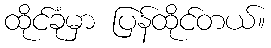
ထိုင်ခုံမှာ ပြန်ထိုင်တယ်။